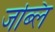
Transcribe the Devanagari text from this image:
जब्लि